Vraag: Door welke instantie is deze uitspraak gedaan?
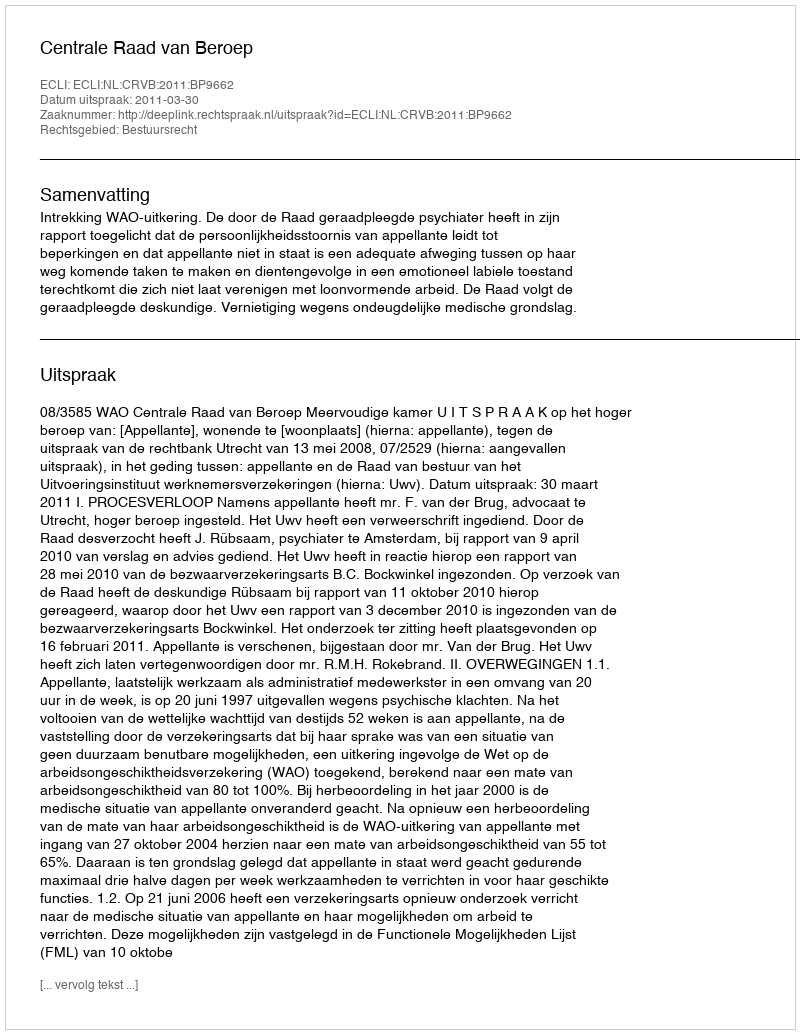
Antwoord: Centrale Raad van Beroep